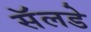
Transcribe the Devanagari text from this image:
सॅलडे